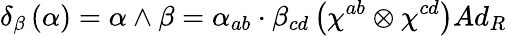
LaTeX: \delta_{\beta}\left(\alpha\right)=\alpha\wedge\beta=\alpha_{ab}\cdot\beta_{cd}\left(\chi^{ab}\otimes\chi^{cd}\right)Ad_{R}